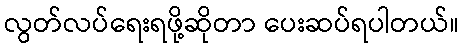
လွတ်လပ်ရေးရဖို့ဆိုတာ ပေးဆပ်ရပါတယ်။